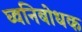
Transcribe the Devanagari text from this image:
घ्वनिबोधक